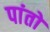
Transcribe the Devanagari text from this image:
पांतों